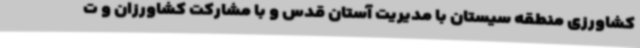
کشاورزی منطقه سیستان با مدیریت آستان قدس و با مشارکت کشاورزان و ت